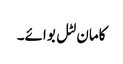
کامان لٹل بوائے۔